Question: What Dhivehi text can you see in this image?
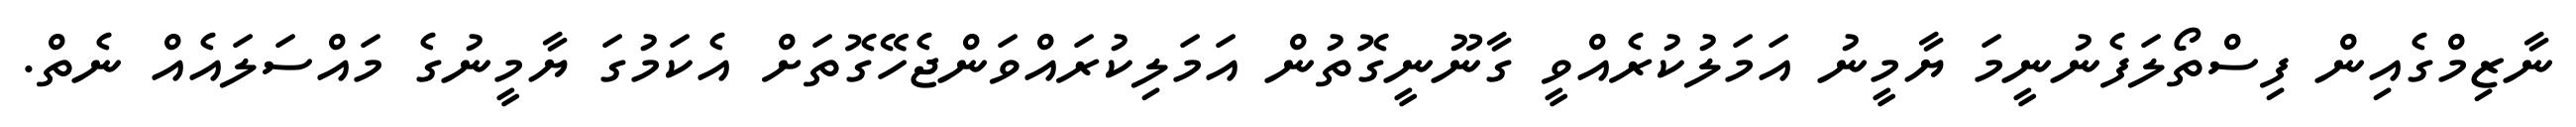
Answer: ނާޒިމްގެއިން ފިސްތޯލަފެނުނީމަ ޔާމީނު އަމަލުކުރެއްވީ ގާނޫނީގޮތުން އަމަލިކުރައްވަންޖެހޭގޮތަށް އެކަމުގަ ޔާމީނުގެ މައްސަލައެއް ނެތް.